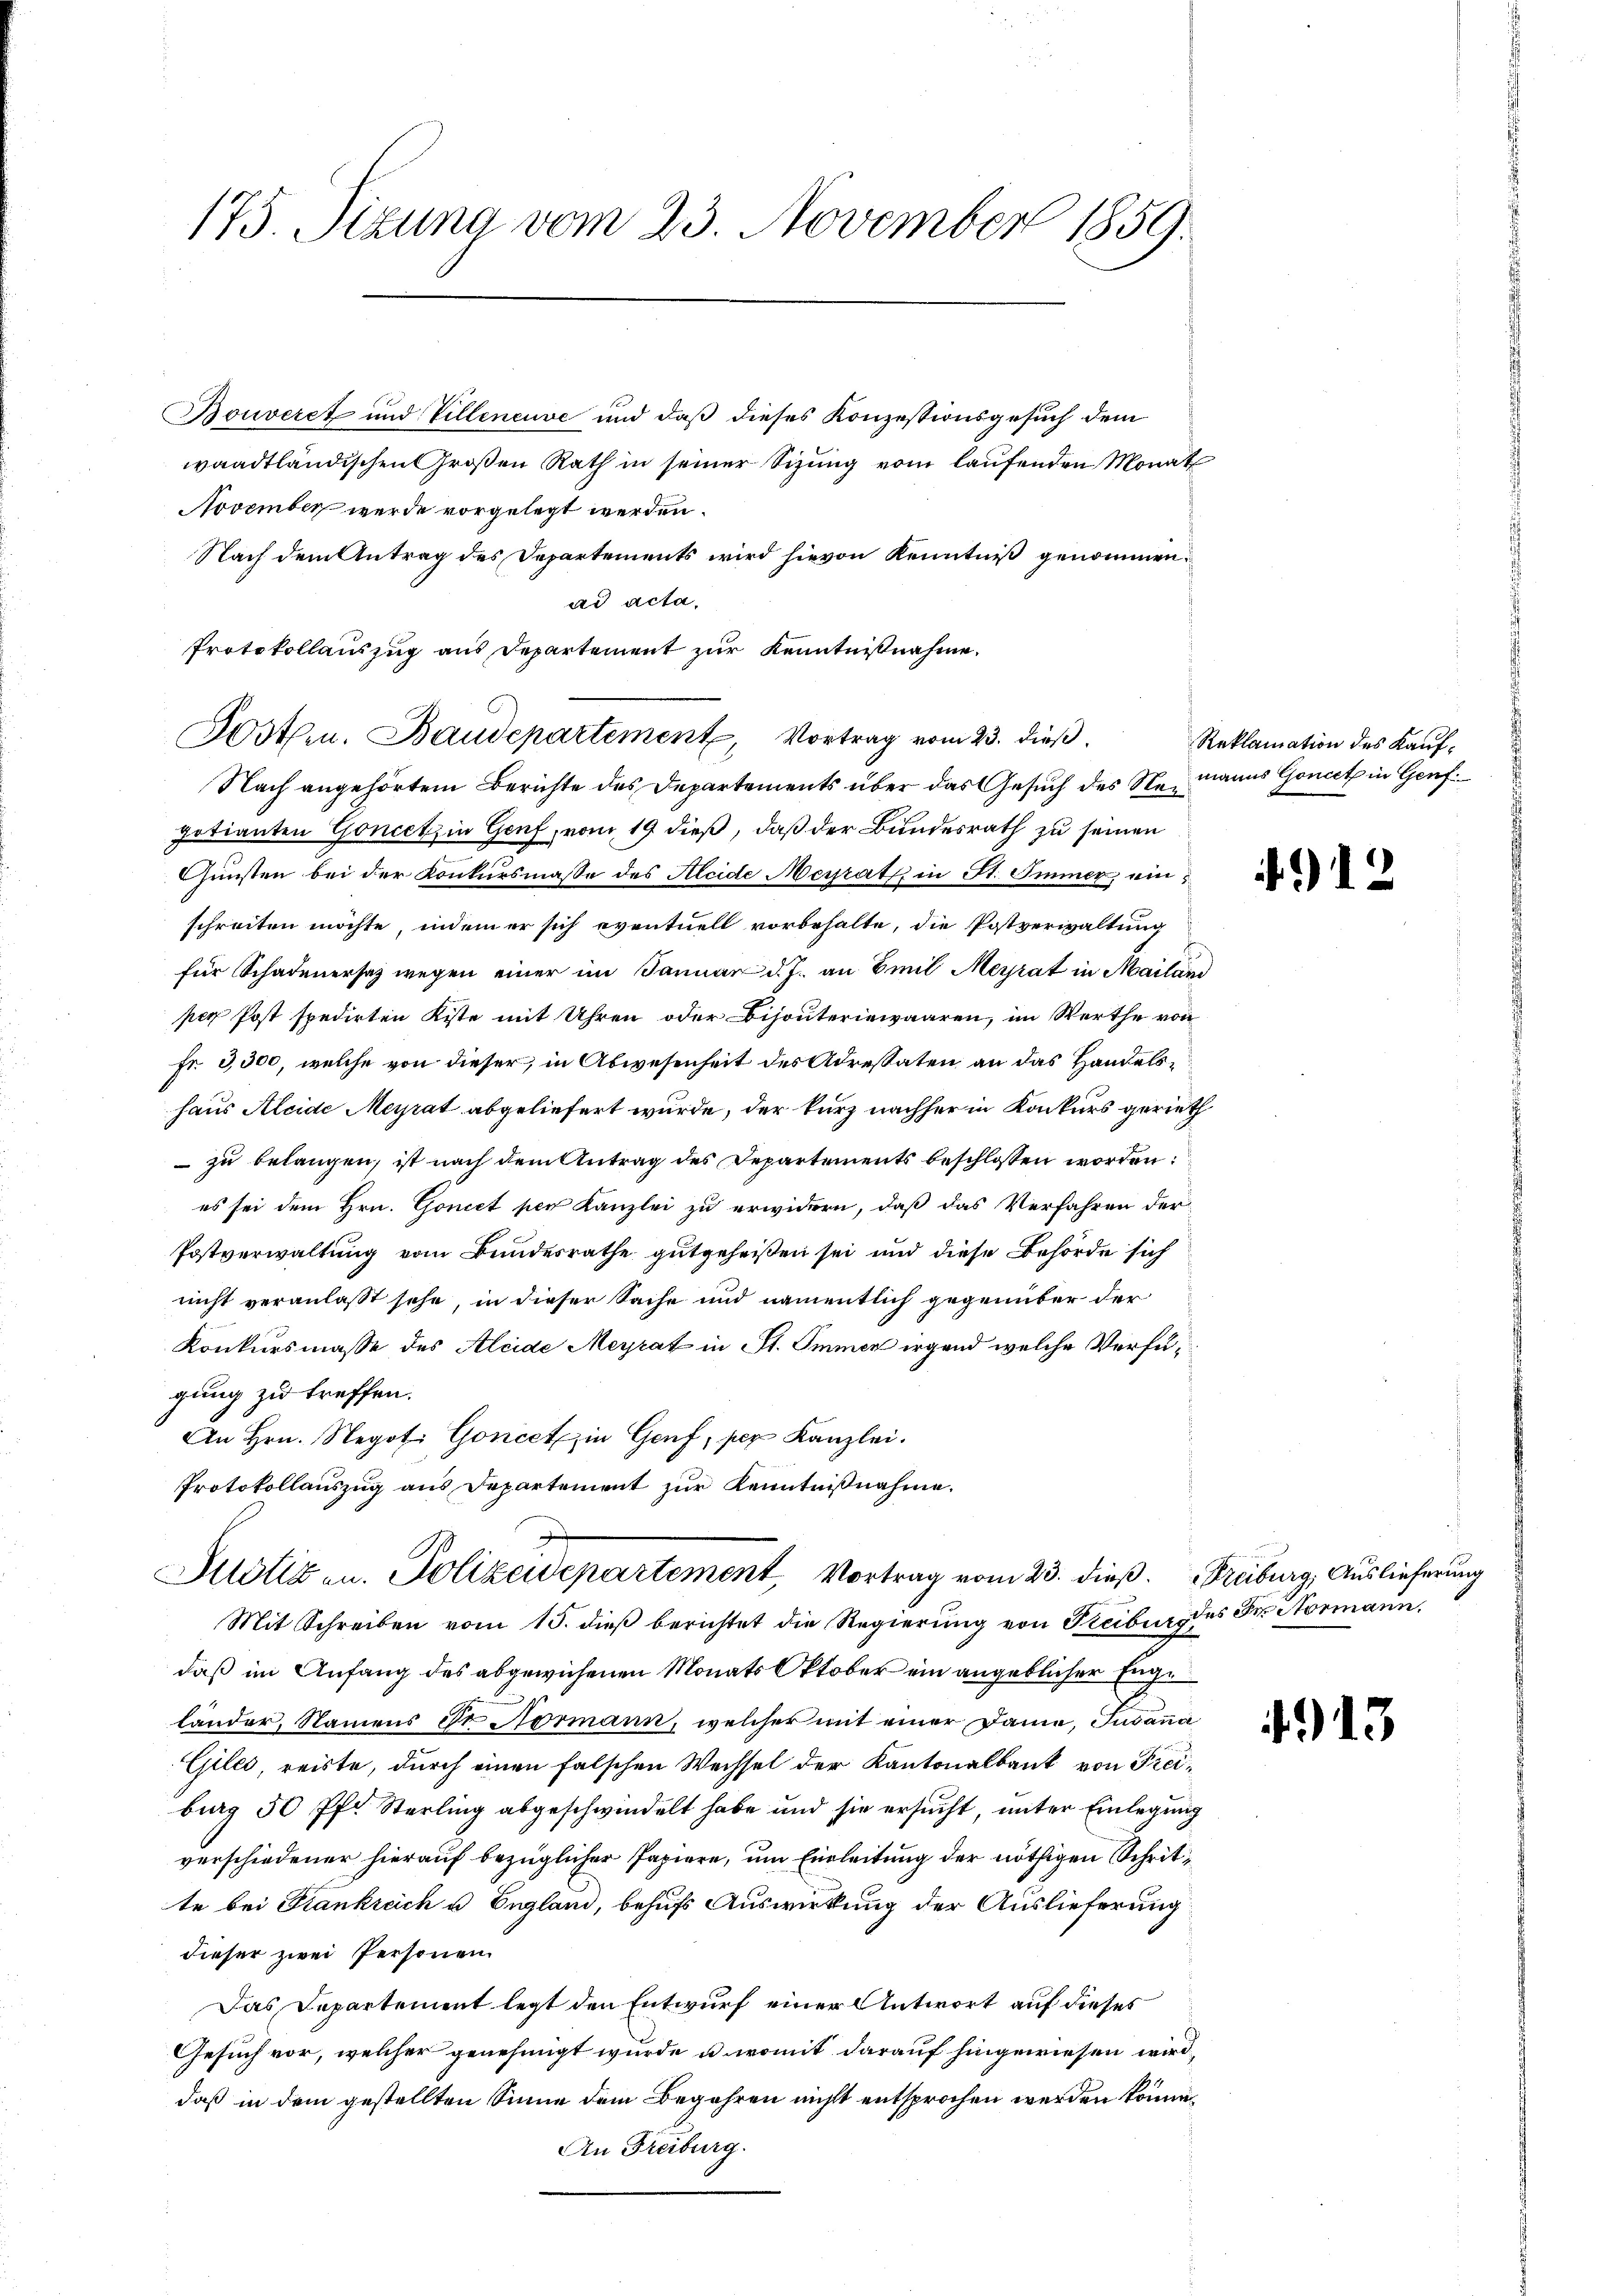
175. Sizung vom 23. November 1859.

Bouveret und Villeneuve und daß dieses Konzessionsgesuch dem
waadtländischen Großen Rath in seiner Sizung vom laufenden Monat
November wurde vorgelegt werden.
Nach dem Antrag des Departements wird hievon Kenntniß genommen.
ad acta,
Protokollauszug aus Departement zur Kenntnißnahme.
Nach angehörtem Berichte des Departements über das Gesuch des Neumanns Goncct in Genf
gotianten Goncetz in Genf, vom 19 dieß, daß der Bundesrath zu seinen
Gunsten bei der Konkursmasse des Aleide Messrath in St. Immer, ein
schreiten möchte, indem er sich eventuell vorbehalte, die Postverwaltung
für Schadenersatz wegen einer im Januar d. J. an Emil Meyrat in Mailand
per Post spedirten Kiste mit Uhren oder Bijouteriewaaren, im Werthe von
Fr. 3,500, welche von dieser, in Abwesenheit des Adressaten an das Handelshaus Aleide Meyrat abgeliefert wurde, der kurz nachher in Konkurs gerieth
 zu belangen, ist nach dem Antrag des Departements beschlossen worden:
es sei dem Hrn. Gonict per Kanzlei zu erwidern, daß das Verfahren der
Postverwaltung vom Bundesrathe gutgeheißen sei und diese Behörde sich
nicht veranlasst sehe, in dieser Sache und namentlich gegenüber der
Konkursmasse des Aleide Meyrat in St. Immer irgend welche Verfügung zu treffen.
An Hrn. Negot. Goncet in Genf, per Kanzlei.
Protokollauszug aus Departement zur Kenntnißnahme.
Klötigen. Polizeidepartement, Vortrag vom 23. dieß. Freiburg, Auslieferung
Mit Schreiben vom 15. dieß berichtet die Regierung von Freibung des Fr. Normann,
daß im Anfang des abgewiesenen Monats Oktober ein angeblicher Enge
länder, Namens dr Normann, welcher mit einer Dame, Juvanna
Giles, reiste, durch einen falschen Wechsel der Kantonalbank von Freibug 50 Pf. Sterling abgeschwindelt habe und sie ersucht, unter Einlegung
verschiedener hierauf bezüglicher Papiere, um Einleitung der nöthigen Schritte bei Frankreich u. England, behufs Auswirkung der Auslieferung
dieser zwei Personen
Das Departement legt den Entwurf einer Antwort auf dieses
Gesuch vor, welcher genehmigt wurde u. womit darauf hingewiesen wird,
daß in dem gestellten Sinne dem Begehren nicht entsprochen werden könne.
An Freiburg.

Reklamation des Kauf¬

Postern. Baudepartement Vortrag vom 23. dieß

12

4913